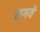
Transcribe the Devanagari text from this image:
लगये